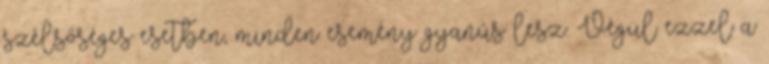
szélsőséges esetben, minden esemény gyanús lesz. Végül ezzel a